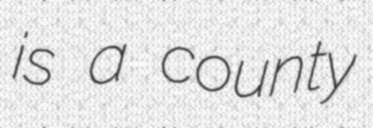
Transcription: is a county